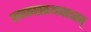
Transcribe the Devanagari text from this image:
खफछठथचटतव्